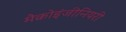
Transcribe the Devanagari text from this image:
मैक्रोइंजीनियरी